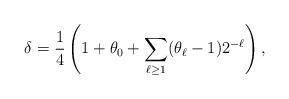
LaTeX: \begin{align*} \delta=\frac14\left(1+\theta_0+\sum_{\ell\ge 1} (\theta_\ell-1)2^{-\ell}\right), \end{align*}